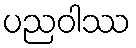
ပညဝါဿ